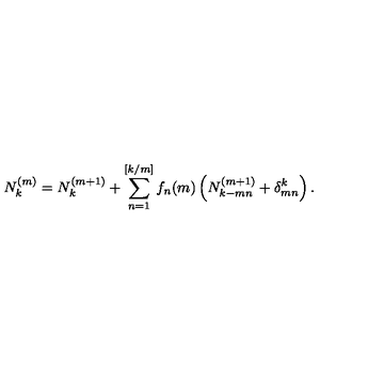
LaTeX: N _ { k } ^ { ( m ) } = N _ { k } ^ { ( m + 1 ) } + \sum _ { n = 1 } ^ { [ k / m ] } f _ { n } ( m ) \left( N _ { k - m n } ^ { ( m + 1 ) } + \delta _ { m n } ^ { k } \right) .